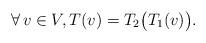
LaTeX: \begin{align*}\forall\, v\in V,T(v) = T_2\bigl(T_1(v)\bigr).\end{align*}